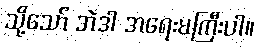
သို့သော် အဲဒါ အရေးမကြီးပါ။